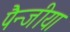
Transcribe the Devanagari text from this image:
पैन्जीया